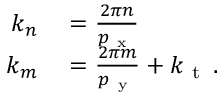
\begin{array} { r l } { k _ { n } } & { { } = \frac { 2 \pi n } { p _ { \mathrm { ~ x ~ } } } } \\ { k _ { m } } & { { } = \frac { 2 \pi m } { p _ { \mathrm { ~ y ~ } } } + k _ { \mathrm { ~ t ~ } } \, . } \end{array}